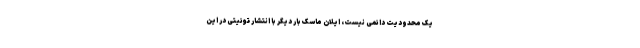
یک محدودیت دائمی نیست، ایلان ماسک بار دیگر با انتشار توئیتی در این